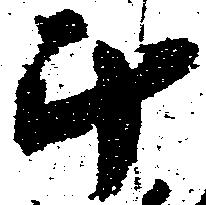
斗